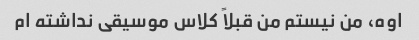
اوه، من نیستم من قبلاً کلاس موسیقی نداشته ام